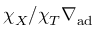
\chi _ { X } / \chi _ { T } \nabla _ { \mathrm { a d } }